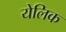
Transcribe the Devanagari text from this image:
येलिक